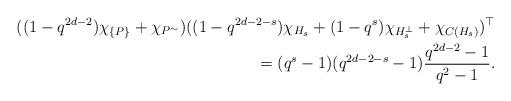
LaTeX: \begin{align*} ((1-q^{2d-2}) \chi_{\{P\}} + \chi_{P^\sim}) ((1-q^{2d-2-s}) \chi_{H_s} + (1-q^{s}) \chi_{H_s^\perp} + \chi_{C(H_s)})^\top \\ = (q^s-1)(q^{2d-2-s}-1)\frac{q^{2d-2}-1}{q^2-1}. \end{align*}